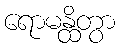
ရောမန္ထိတွာ